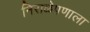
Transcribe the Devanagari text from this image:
निराळेपणाला